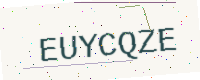
Text: EUYCQZE